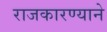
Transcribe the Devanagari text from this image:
राजकारण्याने